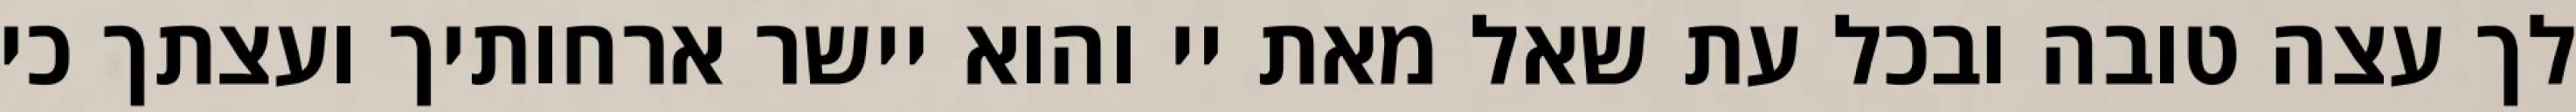
לך עצה טובה ובכל עת שאל מאת יי והוא יישר ארחותיך ועצתך כי